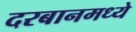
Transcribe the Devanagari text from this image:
दरबानमध्ये